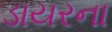
ડાયરના